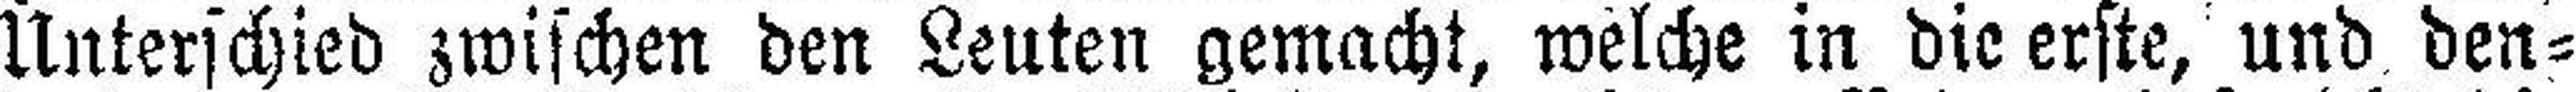
Unterschied zwischen den Leuten gemacht, welche in die erste, und den¬